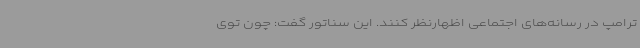
ترامپ در رسانه‌های اجتماعی اظهارنظر کنند. این سناتور گفت: چون توی